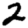
Digit: 2